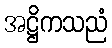
အဋ္ဌိကသညံ